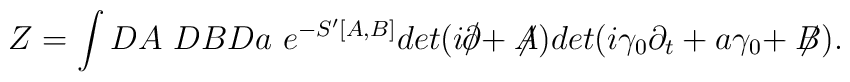
Z =  \int DA~DB Da~ e^{-S'[A,B]} det ( i\raise.15ex\hbox{$/$}\kern-.57em\hbox{$\partial$} +\not \!\! A ) det ( i \gamma_{0} \partial_{t} + a \gamma_0 +\not \!\! B ).